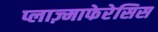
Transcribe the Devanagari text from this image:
प्लाज़्माफेरेसिस